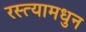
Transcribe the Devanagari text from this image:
रस्त्यामधुन